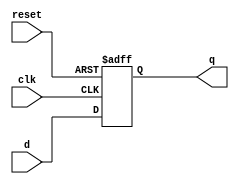
module D_FF (
    output reg q,
    input d,
    input clk,
    input reset
);

always @(posedge reset or negedge clk) begin
    if (reset)
        q <= 1'b0;
    else
        q <= d;
end
    
endmodule